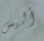
أليس